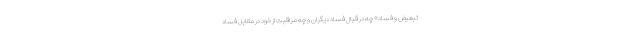
تبعیض و فساد» چه در قبال فساد دیگران و چه مراقبت از خود در مقابل فساد